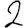
Digit: 2